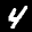
Label: 4